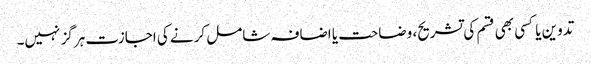
تدوین یا کسی بھی قسم کی تشریح، وضاحت یا اضافہ شامل کرنے کی اجازت ہرگز نہیں۔